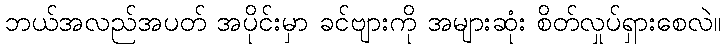
ဘယ်အလည်အပတ် အပိုင်းမှာ ခင်ဗျားကို အများဆုံး စိတ်လှုပ်ရှားစေလဲ။